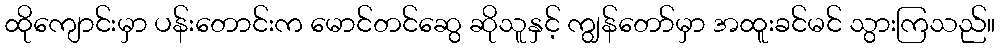
ထိုကျောင်းမှာ ပန်းတောင်းက မောင်တင်ဆွေ ဆိုသူနှင့် ကျွန်တော်မှာ အထူးခင်မင် သွားကြသည်။